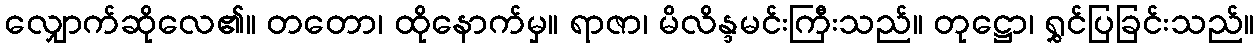
လျှောက်ဆိုလေ၏။ တတော၊ ထိုနောက်မှ။ ရာဇာ၊ မိလိန္ဒမင်းကြီးသည်။ တုဋ္ဌော၊ ရွှင်ပြခြင်းသည်။